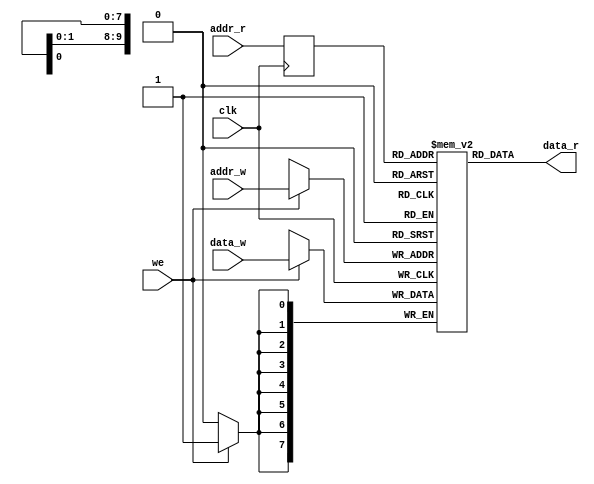
/*
Memoria de dos puertos

Hans Lehnert Merino
Universidad Tcnica Federico Santa Maria

----------------------------------------------------------------------

Independiente a la arquitectura, inferido como BRAM por la herramienta de
sintesis y simulable!
*/

module memory_block(clk, addr_r, data_r, addr_w, data_w, we);
	parameter SIZE = 1024;
	parameter WIDTH = $clog2(SIZE);

	input clk;
	input [WIDTH-1:0] addr_r;
	input [WIDTH-1:0] addr_w;
	input [7:0] data_w;
	input we;

	output [7:0] data_r;

	reg [7:0] mem [SIZE-1:0];
	reg [WIDTH-1:0] addr_r_sync;

	assign data_r = mem[addr_r_sync];

	always @(posedge clk) begin
		if (we)
			mem[addr_w] <= data_w;
		addr_r_sync <= addr_r;
	end
endmodule